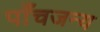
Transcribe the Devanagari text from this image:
पाँचजन्य